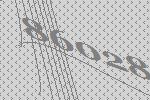
86028